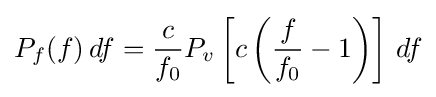
P_{f}(f)\,df={\frac {c}{f_{0}}}P_{v}\left[c\left({\frac {f}{f_{0}}}-1\right)\right]\,df